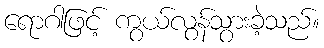
ရောဂါဖြင့် ကွယ်လွန်သွားခဲ့သည်။